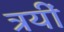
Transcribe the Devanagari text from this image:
त्रयीं